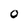
Character: 0